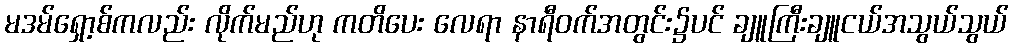
မဒမ်ရှော့စ်ကလည်း လိုက်မည်ဟု ကတိပေး လေရာ နာရီဝက်အတွင်း၌ပင် ချူကြီးချူငယ်အသွယ်သွယ်